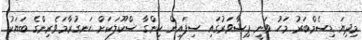
މިދިޔަ ޑިސެމްބަރު މަހު ވަނީ ޕިޝާވަރުގައި ސިފައިން ހިންގާ ސްކޫލަކަށް ހަނގުރާމަވެރިންގެ ބަޔަކު